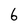
Character: 6